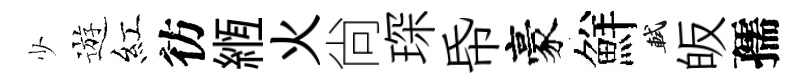
少遊紅彷縆火尙琛帋豪鮮軾皈孺